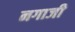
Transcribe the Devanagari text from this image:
नगाजी